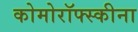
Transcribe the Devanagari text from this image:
कोमोरॉफ्स्कीना